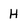
Character: H